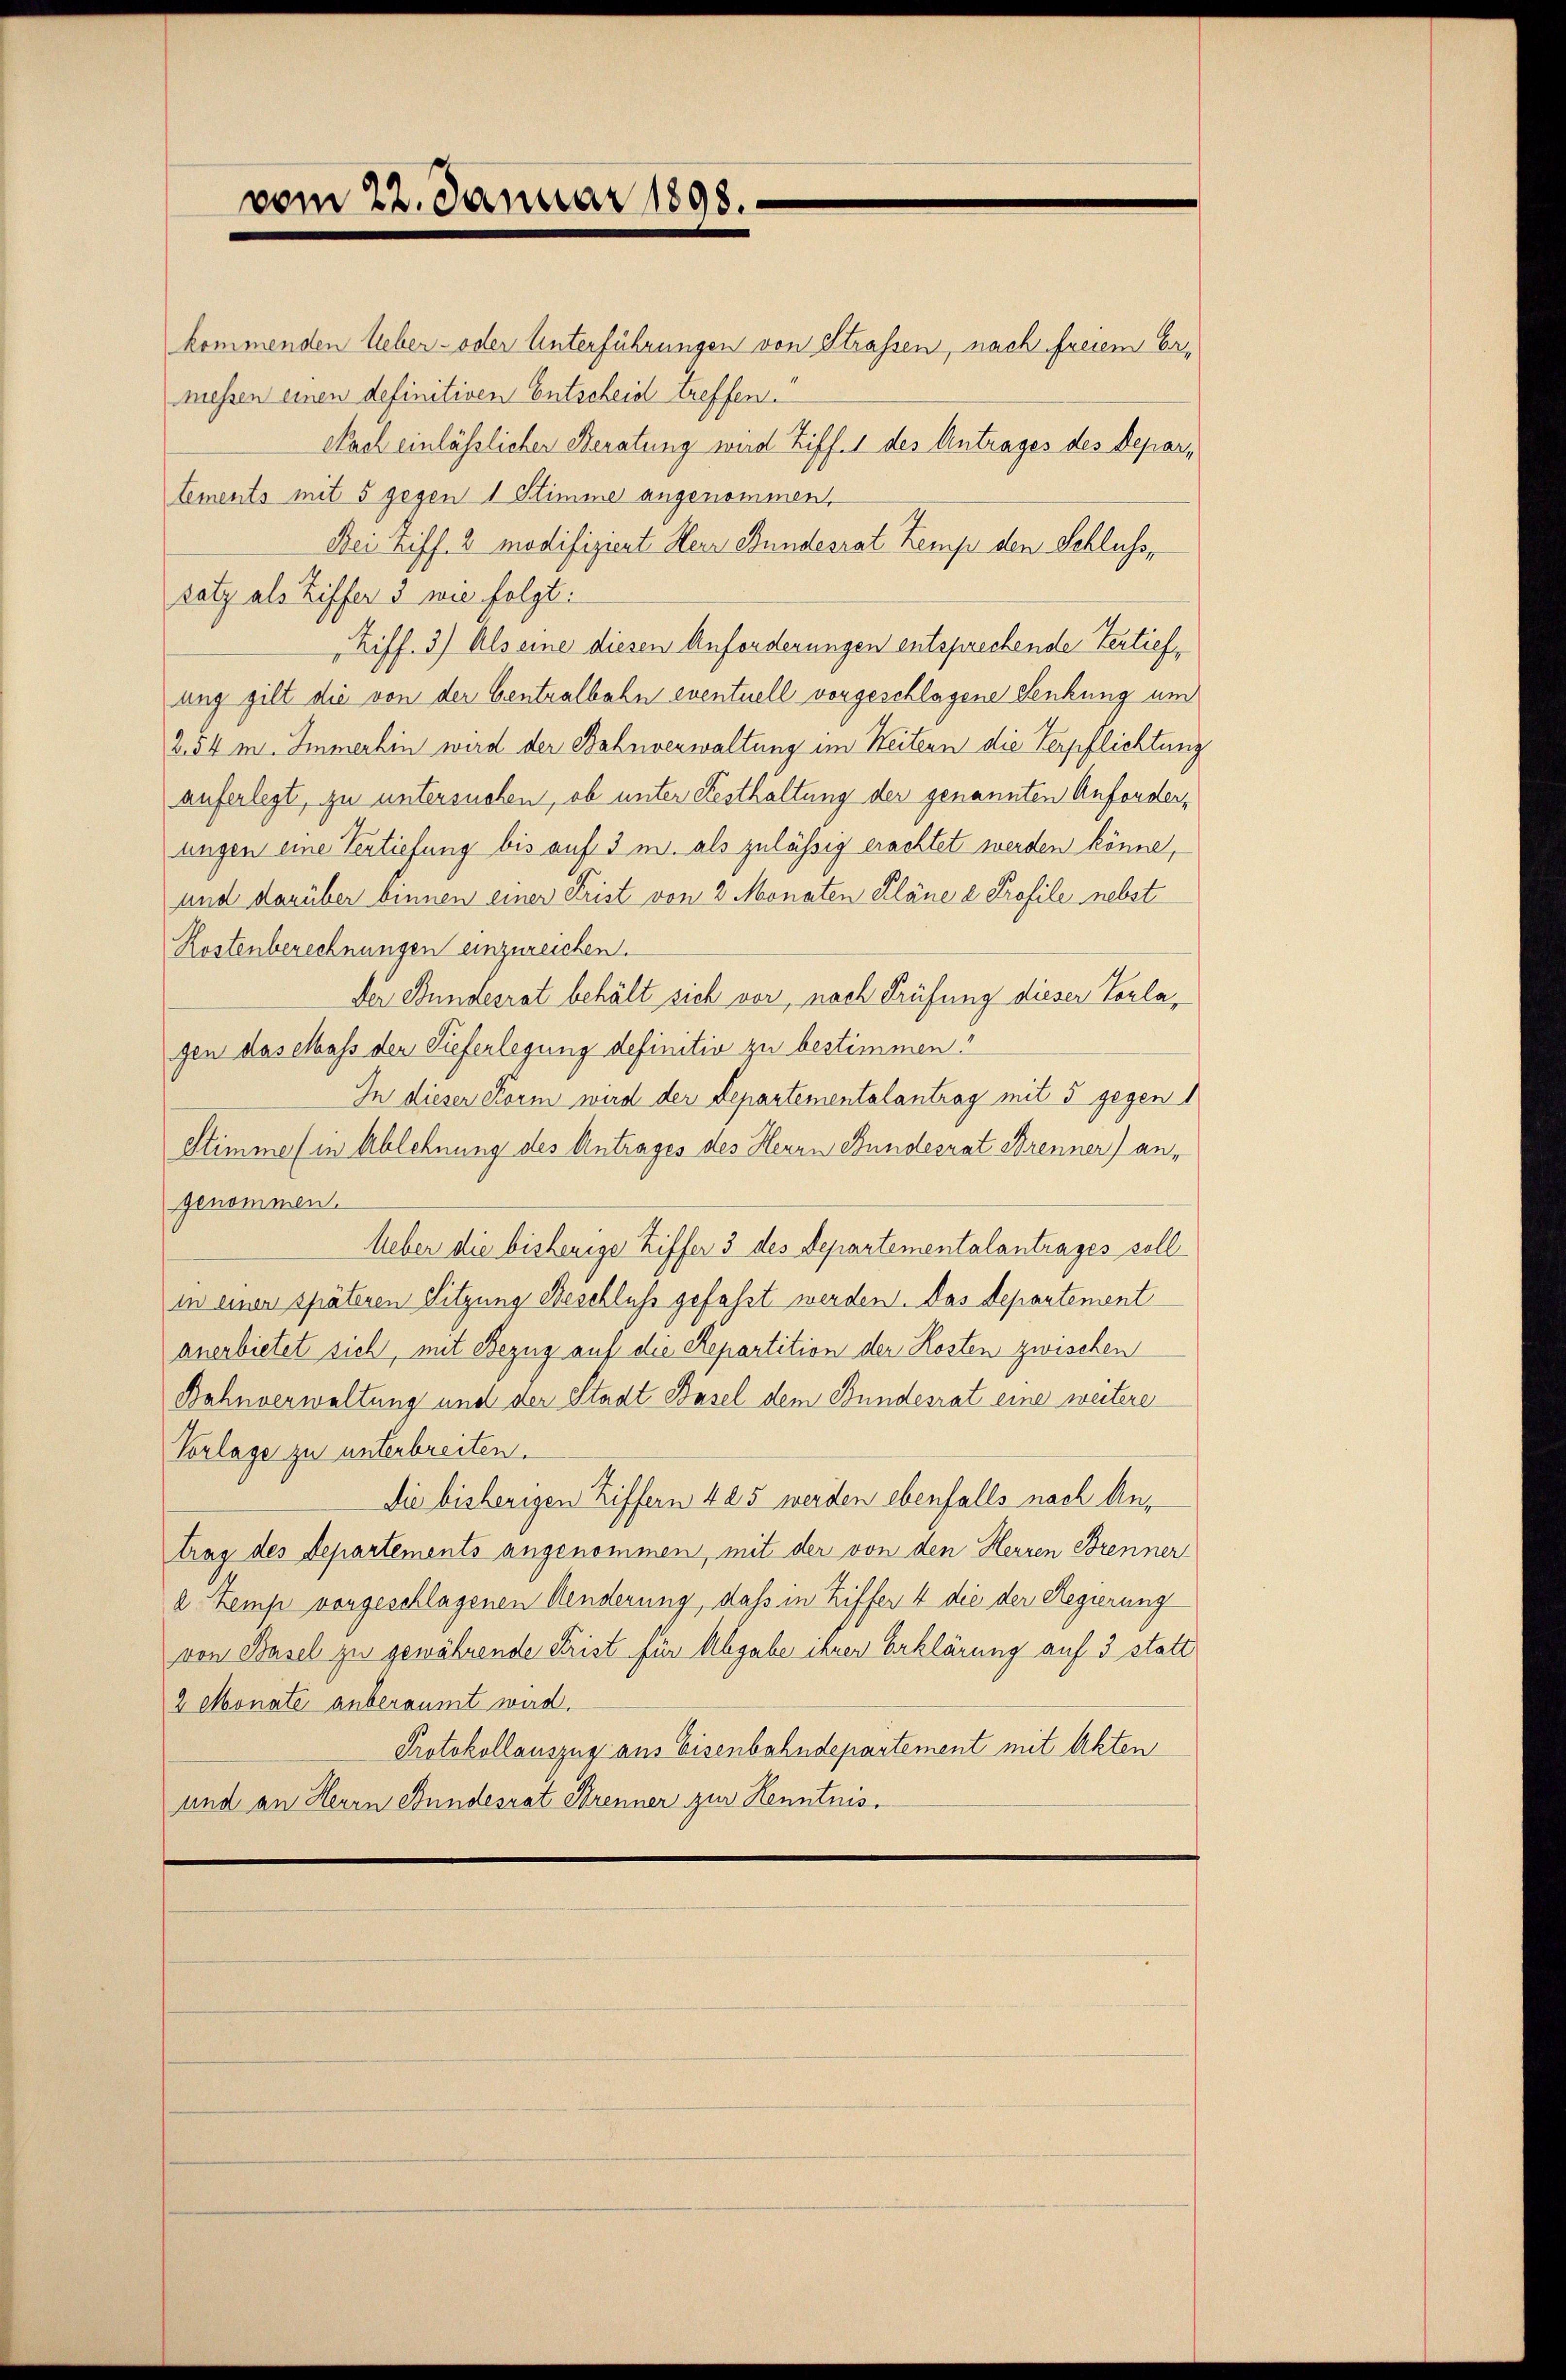
vom 22. Januar 1898.

kommenden lieber- oder Unterführungen von Strassen, nach freiem Ermessen einen definitiven Entscheid treffen.
Nach einlässlicher Beratung wird Ziff. 1 des Antrages des Departements mit 5 gegen 1 Stimme angenommen.
Dei Ziff. 2 modifiziert Herr Bundesrat Zemp den Schluss,
satz als Ziffer 3 wie folgt:
iff. 3) Als eine diesen Anforderungen entsprechende Tertiefung gilt die von der Centralbahn eventuell vorgeschlagene Senkung um
254 m. Immerhin wird der Bahnverwaltung im Weitern die Verpflichtung
auferlegt, zu untersuchen, ob unter Festhaltung der genannten Anforderungen eine Vertiefung bis auf 3 m. als zulässig erachtet werden könne,
und darüber binnen einer Frist von 2 Monaten Pläne e Profile nebst
Kostenberechnungen einzureichen.
Der Bundesrat behält sich vor, nach Prüfung dieser Vorlagen das Mass der Tieferlegung definitiv zu bestimmen!
In dieser Form wird der Departementalantrag mit 5 gegen
Stimme (in Ablehnung des Antrages des Herrn Bundesrat Brenner) angenommen.
Ueber die bisherige Ziffer 3 des Departementalantrages soll
in einer späteren Sitzung Beschluss gefasst werden. Das Departement
anerbietet sich, mit Bezug auf die Repartition der Kosten zwischen
Bahnverwaltung und der Stadt Basel dem Bundesrat eine weitere
Vorlage zu unterbreiten.
Die bisherigen Ziffern 425 werden ebenfalls nach Antrag des Departements angenommen, mit der von den Herren Brenner
2 Zemp vorgeschlagenen Aenderung, dass in Ziffer 4 die der Regierung
von Basel zu gewährende Frist für Abgabe ihrer Erklärung auf 3 statt
2 Monate anberaumt wird.
Protokollauszug aus Eisenbahndepartement mit Akten
und an Herrn Bundesrat Strenner zur Kenntnis.